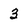
Character: 3